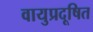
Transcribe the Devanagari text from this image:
वायुप्रदूषित